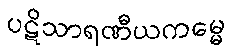
ပဋိသာရဏီယကမ္မေ